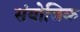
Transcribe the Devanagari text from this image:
संयोजिक